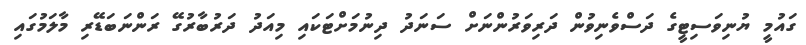
ގައުމީ ޔުނިވަސިޓީގެ ދަސްވެނިވުން ދަރިވަރުންނަށް ސަނަދު ދިނުމަށްޓަކައި މިއަދު ދަރުބާރުގޭ ރަންނަބަޑޭރި މާލަމުގައި